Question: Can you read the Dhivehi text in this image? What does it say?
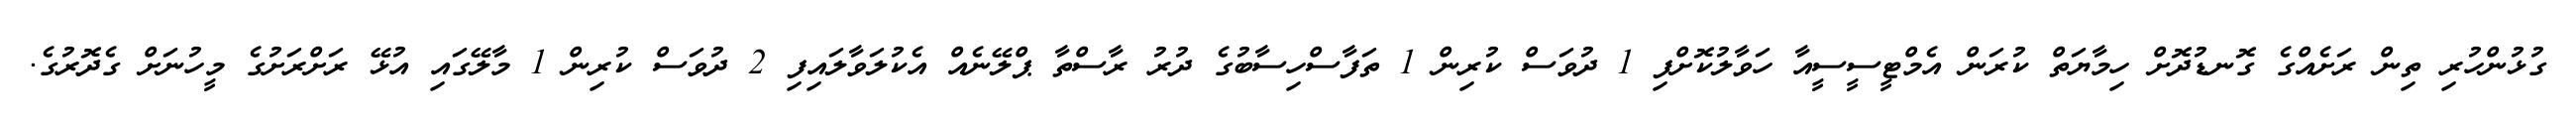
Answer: ގުޅުންހުރި ތިން ރަށެއްގެ ގޮނޑުދޮށް ހިމާޔަތް ކުރަން އެމްޓީސީސީއާ ހަވާލުކޮށްފި 1 ދުވަސް ކުރިން 1 ތަފާސްހިސާބުގެ ދުރު ރާސްތާ ޕްލޭނެއް އެކުލަވާލައިފި 2 ދުވަސް ކުރިން 1 މާލޭގައި އުޅޭ ރަށްރަށުގެ މީހުނަށް ގެދޮރުގެ.